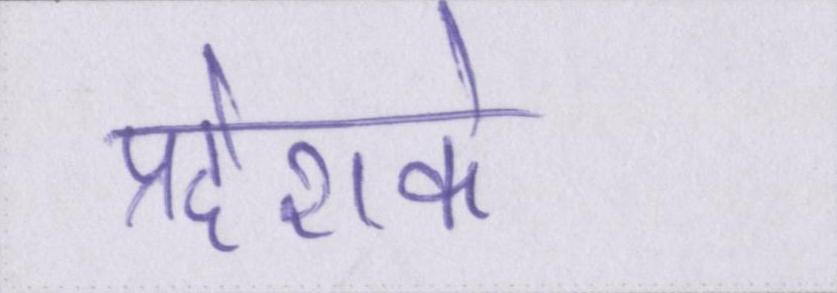
प्रदेशके